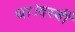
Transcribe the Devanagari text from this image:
था।दस्वीं